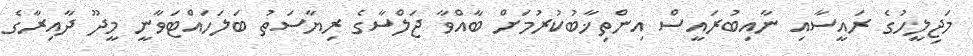
މަޖިލީހުގެ ރައީސާއި ނާއިބުރައީސް އިންތިޚާބުކުރުމަށް ބާއްވާ ޖަލްސާގެ ރިޔާސަތު ބަލަހައްޓަވާނީ މީދޫ ދާއިރާގެ